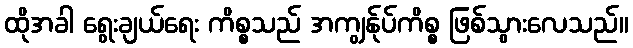
ထိုအခါ ရွေးချယ်ရေး ကိစ္စသည် အကျွန်ုပ်ကိစ္စ ဖြစ်သွားလေသည်။